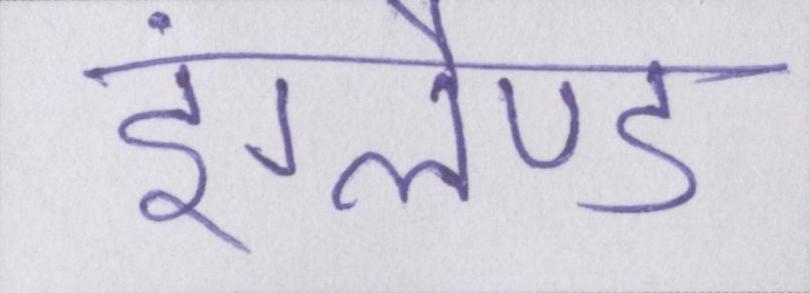
इंग्लैण्ड